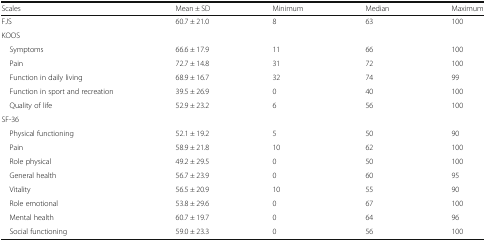
| Scales | Mean ± SD | Minimum | Median | Maximum |
 | --- | --- | --- | --- | --- |
 | FJS | 60.7 ± 21.0 | 8 | 63 | 100 |
 | <COLSPAN=5> KOOS |
 | Symptoms | 66.6 ± 17.9 | 11 | 66 | 100 |
 | Pain | 72.7 ± 14.8 | 31 | 72 | 100 |
 | Function in daily living | 68.9 ± 16.7 | 32 | 74 | 99 |
 | Function in sport and recreation | 39.5 ± 26.9 | 0 | 40 | 100 |
 | Quality of life | 52.9 ± 23.2 | 6 | 56 | 100 |
 | <COLSPAN=5> SF-36 |
 | Physical functioning | 52.1 ± 19.2 | 5 | 50 | 90 |
 | Pain | 58.9 ± 21.8 | 10 | 62 | 100 |
 | Role physical | 49.2 ± 29.5 | 0 | 50 | 100 |
 | General health | 56.7 ± 23.9 | 0 | 60 | 95 |
 | Vitality | 56.5 ± 20.9 | 10 | 55 | 90 |
 | Role emotional | 53.8 ± 29.6 | 0 | 67 | 100 |
 | Mental health | 60.7 ± 19.7 | 0 | 64 | 96 |
 | Social functioning | 59.0 ± 23.3 | 0 | 56 | 100 |